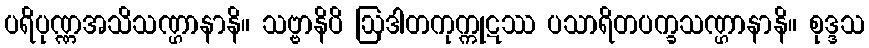
ပရိပုဏ္ဏအသိသဏ္ဌာနာနိ။ သဗ္ဗာနိပိ ဩဒါတကုက္ကုဋဿ ပသာရိတပက္ခသဏ္ဌာနာနိ။ စုဒ္ဒသ